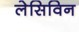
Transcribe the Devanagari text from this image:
लेसिविन